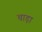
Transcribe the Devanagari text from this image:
चाड़ा